Vaccination in the Punjab 1919-1929 - 1919-1929
Year: 1919
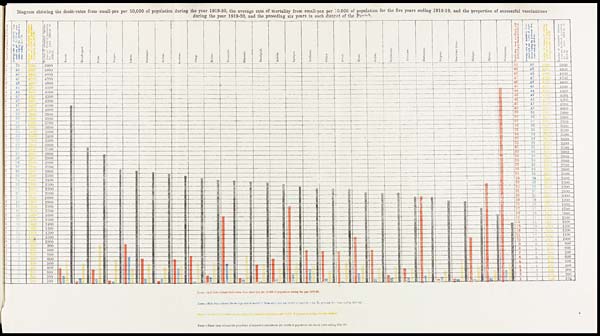
Diagram showing the death-rates from small-pox per 10,000 of population during the year 1919-20, the average rate of mortality from small-pox per 10,000 of population for the five years ending 1918-19, and the proportion of successful vaccinations
during the year 1919-20, and the preceding six years in each district of the Punjab.